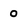
Character: 0